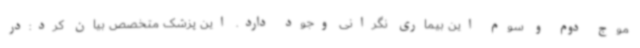
موج دوم و سوم این بیماری نگرانی وجود دارد. این پزشک متخصص بیان کرد:در